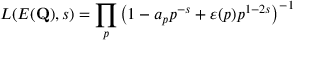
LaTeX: L ( E ( \mathbf { Q } ) , s ) = \prod _ { p } \left( 1 - a _ { p } p ^ { - s } + \varepsilon ( p ) p ^ { 1 - 2 s } \right) ^ { - 1 }